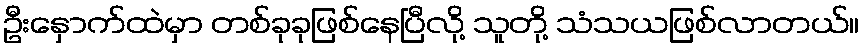
ဦးနှောက်ထဲမှာ တစ်ခုခုဖြစ်နေပြီလို့ သူတို့ သံသယဖြစ်လာတယ်။